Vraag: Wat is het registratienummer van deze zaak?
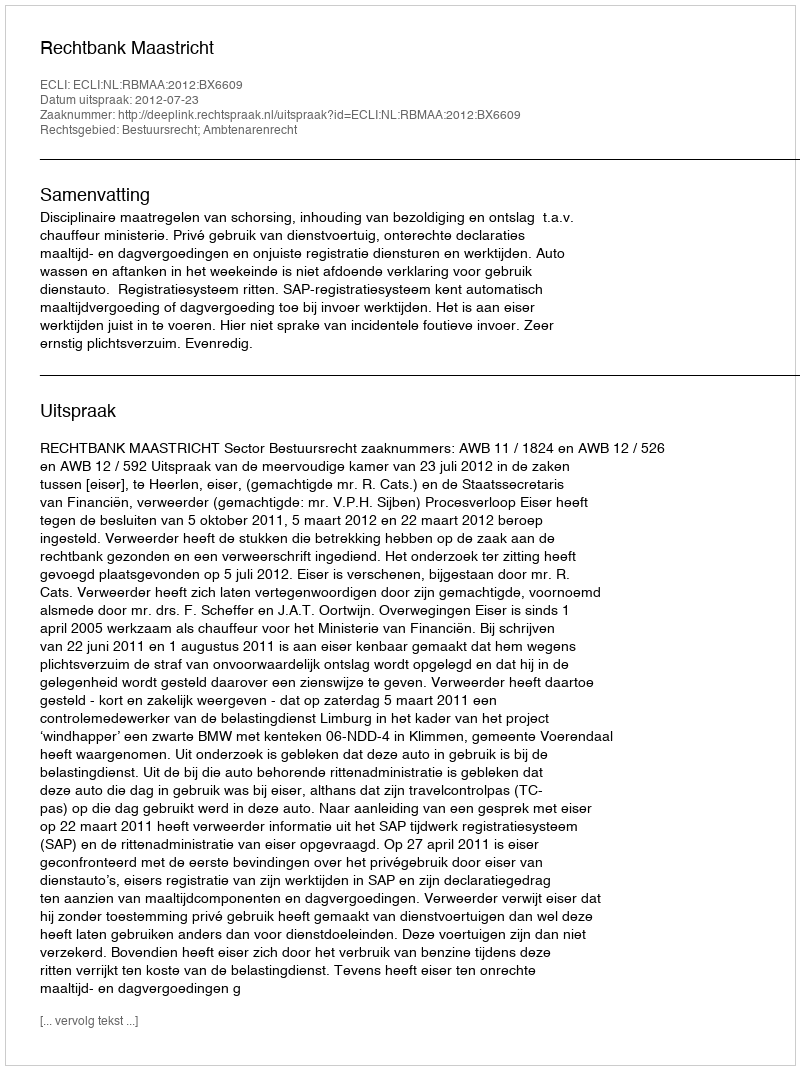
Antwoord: http://deeplink.rechtspraak.nl/uitspraak?id=ECLI:NL:RBMAA:2012:BX6609